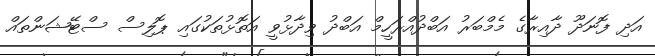
އަދި ފޮނަދޫ ދާއިރާގެ މެމްބަރު އަބްދުއްރަހީމް އަބްދު ވިދާޅުވީ އަތޮޅުތަކުގައި ޕޮލިސް ސްޓޭޝަންތައް